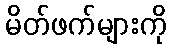
မိတ်ဖက်များကို